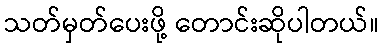
သတ်မှတ်ပေးဖို့ တောင်းဆိုပါတယ်။